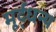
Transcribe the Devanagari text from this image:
मूर्द्धन्य